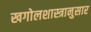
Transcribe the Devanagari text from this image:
खगोलशास्त्रानुसार